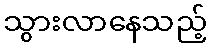
သွားလာနေသည့်